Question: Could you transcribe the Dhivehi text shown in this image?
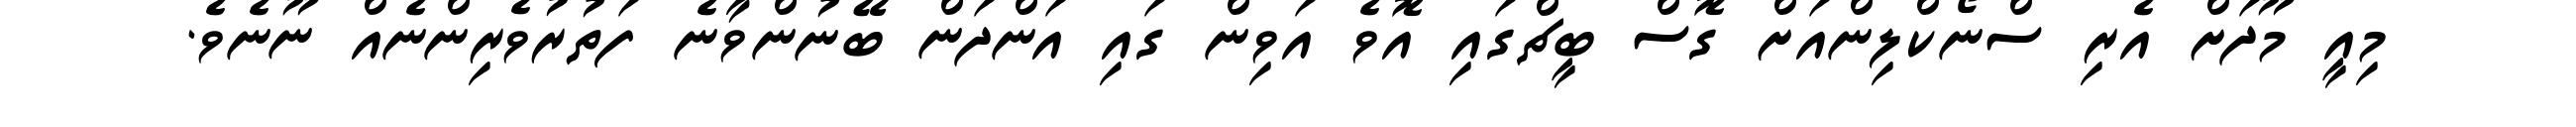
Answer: މިއީ މޫދަށް އެރި ސްނޯކްލިންއަށް ގޮސް ބީޗްގައި އޮވެ އަވިން ގައި އަންދަން ބޭނުންވާނެ ފަތުރުވެރިންނެއް ނޫނެވެ.